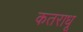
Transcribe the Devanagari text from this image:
कतराधू